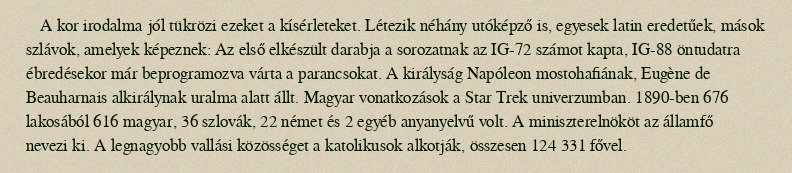
A kor irodalma jól tükrözi ezeket a kísérleteket. Létezik néhány utóképző is, egyesek latin eredetűek, mások szlávok, amelyek képeznek: Az első elkészült darabja a sorozatnak az IG-72 számot kapta, IG-88 öntudatra ébredésekor már beprogramozva várta a parancsokat. A királyság Napóleon mostohafiának, Eugène de Beauharnais alkirálynak uralma alatt állt. Magyar vonatkozások a Star Trek univerzumban. 1890-ben 676 lakosából 616 magyar, 36 szlovák, 22 német és 2 egyéb anyanyelvű volt. A miniszterelnököt az államfő nevezi ki. A legnagyobb vallási közösséget a katolikusok alkotják, összesen 124 331 fővel.